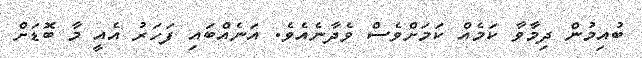
ބުއިމުން ދިމާވާ ކަމެއް ކަމަށްވެސް ވެދާނެއެވެ. އަނެއްބައި ފަހަރު އެއީ މާ ބޮޑަށް